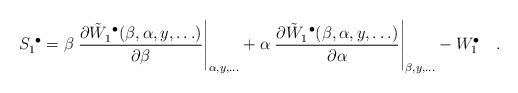
LaTeX: \begin{align*}S^{~\bullet}_1=\beta\left.{\partial{\tilde{W}_1^{~\bullet}(\beta,\alpha,y,\ldots)}\over\partial\beta}\right|_{\alpha,y,\ldots}+\alpha\left. {\partial{\tilde{W}_1^{~\bullet}(\beta,\alpha,y,\ldots)}\over \partial\alpha}\right|_{\beta,y,\ldots}-W_1^{\bullet}~~~.\end{align*}